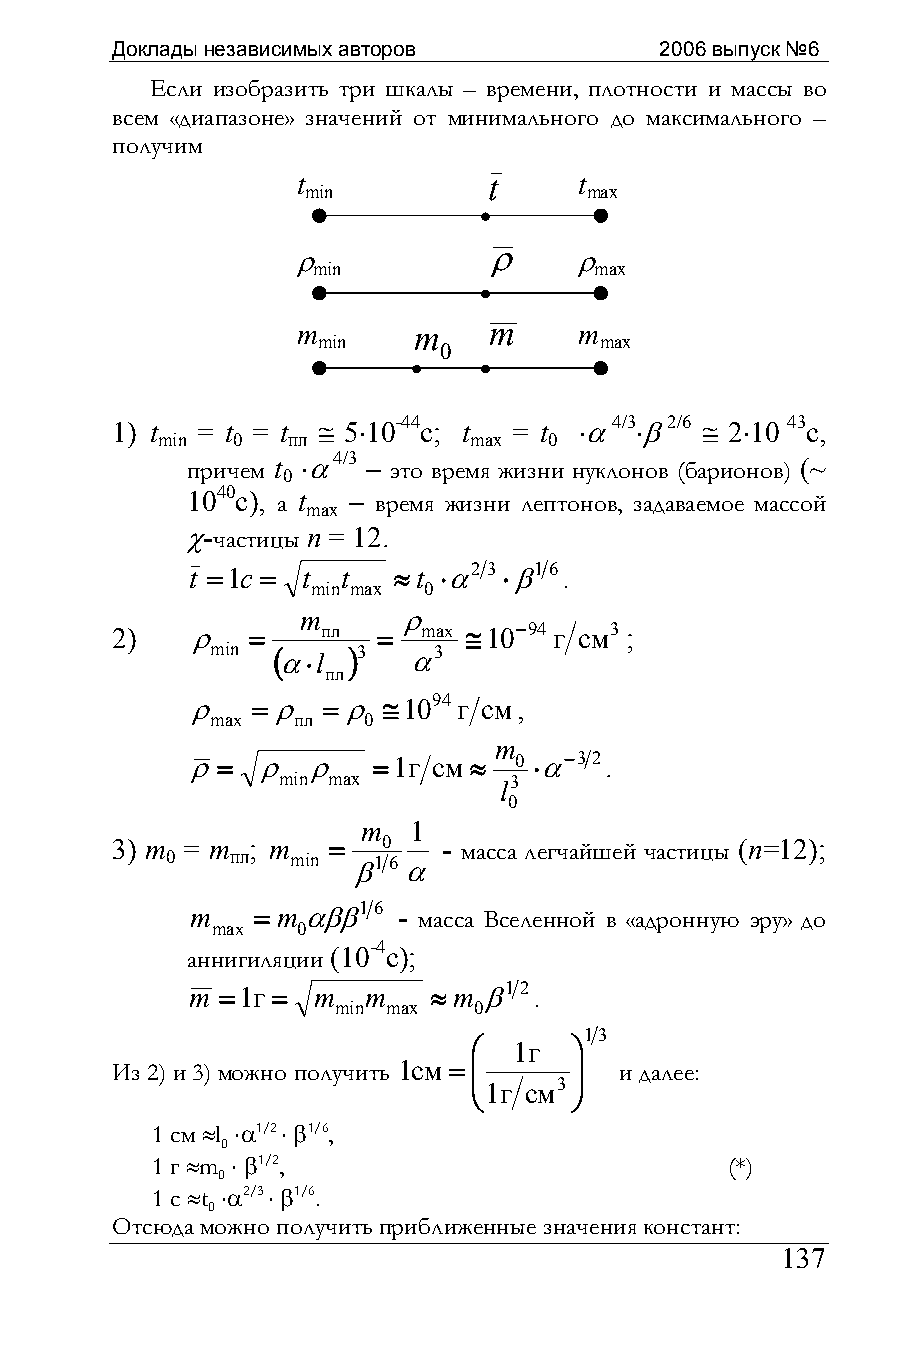
Доклады независимых авторов          2006 выпуск №6
 Если изобразить три шкалы – времени, плотности и массы во
 всем «диапазоне» значений от минимального до максимального –
 получим
 t           t     t
 min                max
 ρ            ρ     ρ
 min               max
 m      m    m     m
 min                max
 0
 1) t  = t = t ≅ 5⋅10-44c; t = t ⋅α 4/3⋅β 2/6 ≅ 2⋅10 43c,
 min  0   пл          max  0
 причем t ⋅α 4/3 – это время жизни нуклонов (барионов) (~
 0
 1040с), а t – время жизни лептонов, задаваемое массой
 max
 χ-частицы n = 12.
 t =1c = t  t  ≈t ⋅α2 3⋅β16 .
 min max 0
 m      ρ
 2)    ρ  =    пл  =  max ≅10−94 г см3;
 min (
 α⋅l
 )3  α3
 пл
 ρ   =ρ  =ρ  ≅1094 г см,
 max  пл   0
 m
 ρ=   ρ  ρ    =1г см ≈ 0 ⋅α−32.
 min max        l3
 0
 m  1
 3) m = m ; m   =  0   - масса легчайшей частицы (n=12);
 0   пл  min β16α
 m   = mαββ16 - масса Вселенной в «адронную эру» до
 max   0
 аннигиляции
 (10-4с);
 m =1г = m  m   ≈ m β12 .
 min max  0
 13
 ⎛  1г  ⎞
 Из 2) и 3) можно получить 1см = ⎜ ⎟ и далее:
 ⎜      ⎟
 1г см3
 ⎝      ⎠
 1 см ≈l ⋅α1/2 ⋅ β1/6,
 0
 1 г ≈m ⋅ β1/2,                        (*)
 0
 1 с ≈t ⋅α2/3 ⋅ β1/6.
 0
 Отсюда можно получить приближенные значения констант:
 137